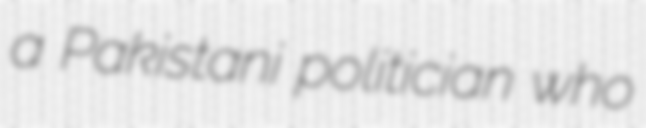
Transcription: a Pakistani politician who